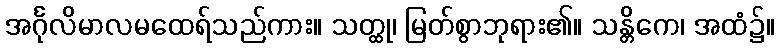
အင်္ဂုလိမာလမထေရ်သည်ကား။ သတ္ထု၊ မြတ်စွာဘုရား၏။ သန္တိကေ၊ အထံ၌။